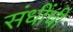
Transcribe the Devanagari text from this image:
संधींची